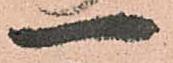
一